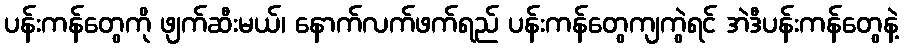
ပန်းကန်တွေကို ဖျက်ဆီးမယ်၊ နောက်လက်ဖက်ရည် ပန်းကန်တွေကျကွဲရင် အဲဒီပန်းကန်တွေနဲ့